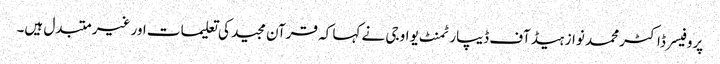
پروفیسر ڈاکٹر محمد نواز ہیڈ آف ڈیپارٹمنٹ یو او جی نے کہا کہ قرآن مجید کی تعلیمات اور غیر متبدل ہیں۔